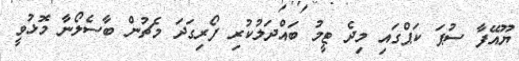
ޔޫއޭފާ ސުޕަ ކަޕްގައި މިދެ ޓީމު ބައްދަލުކުރި ފޯރިގަދަ މެޗުން ބާސެލޯނާ މޮޅުވީ